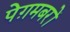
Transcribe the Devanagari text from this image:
पेग़मबरों